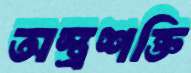
অস্ত্রশক্তি